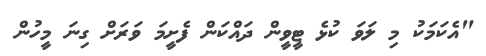
"އެކަމަކު މި ލަވަ ކުޅެ ޓީވީން ދައްކަން ފެށީމަ ވަރަށް ގިނަ މީހުން